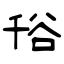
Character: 谸